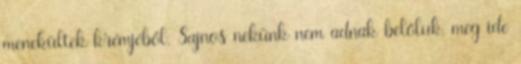
menekültek krémjéből. Sajnos nekünk nem adnak belőluk, meg ide